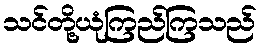
သင်တို့ယုံကြည်ကြသည်